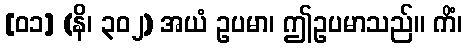
[၀၁] (နိ၊ ၃၀၂) အယံ ဥပမာ၊ ဤဥပမာသည်။ ကိံ၊